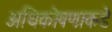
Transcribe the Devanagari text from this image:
अधिकोषणाकडे